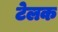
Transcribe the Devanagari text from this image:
टेलक